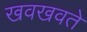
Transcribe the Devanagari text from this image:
खवखवते